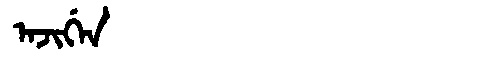
Manchu: ᠠᠵᡳᡤᡝᠨ
Romanization: AJIGEN